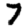
Digit: 7